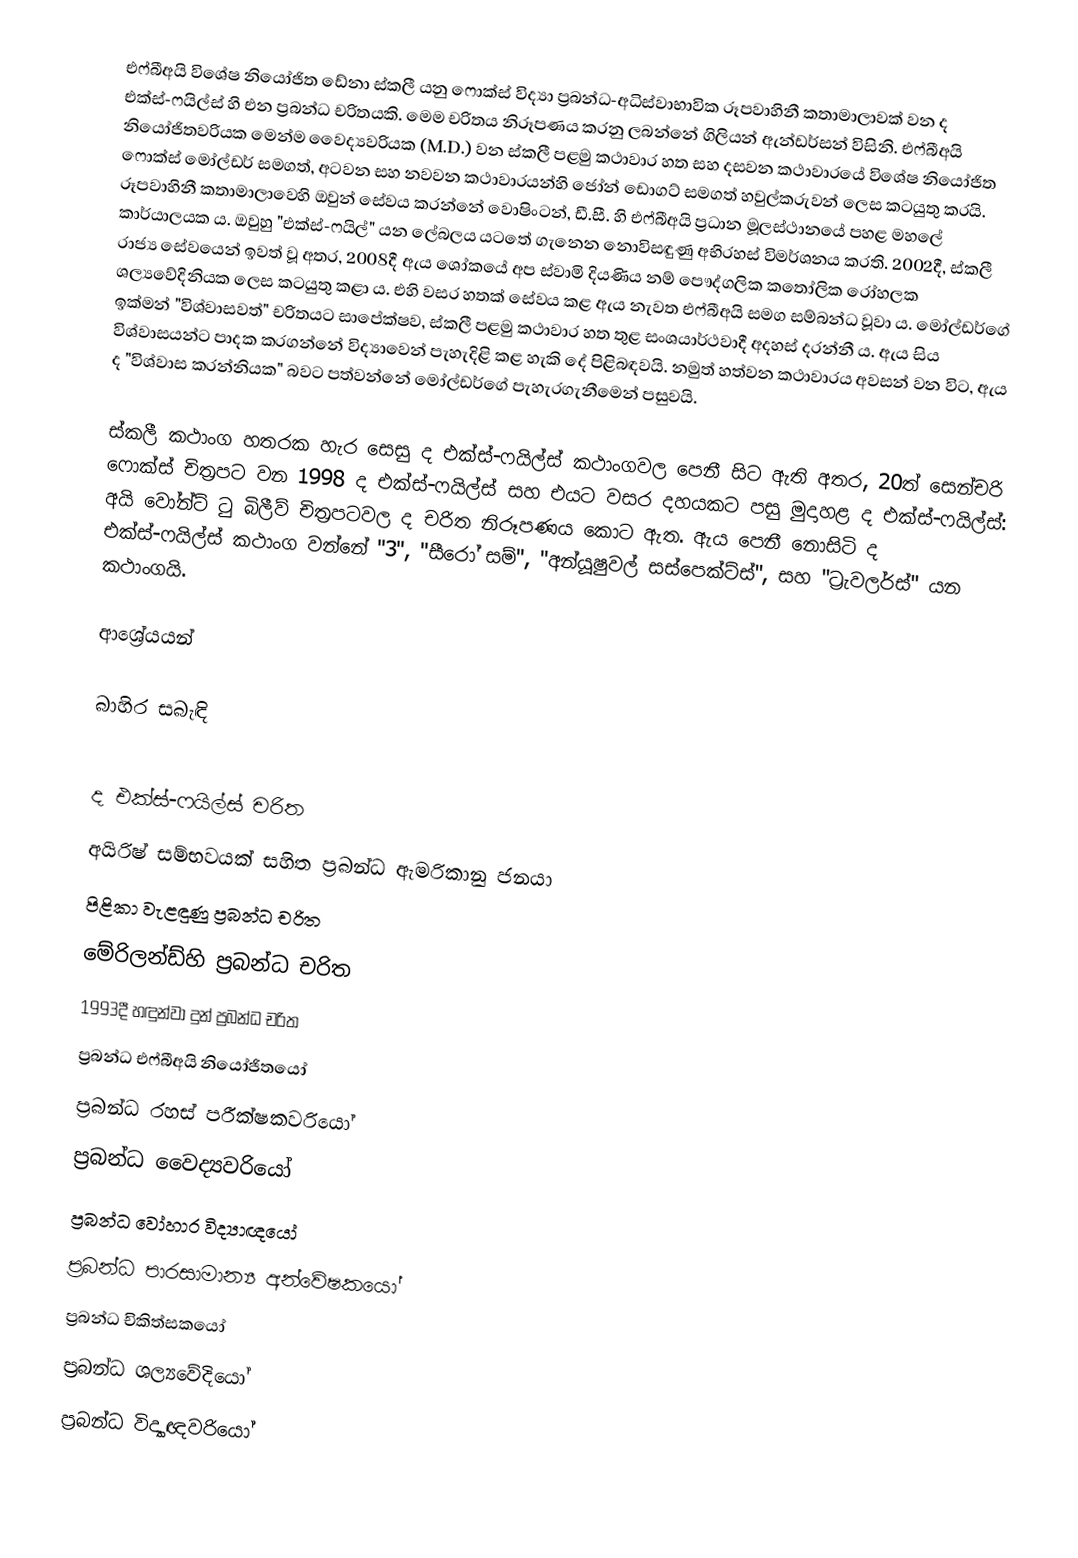
එෆ්බීඅයි විශේෂ නියෝජිත ඩේනා ස්කලී යනු ෆොක්ස් විද්‍යා ප්‍රබන්ධ-අධිස්වාභාවික රූපවාහිනී කතාමාලාවක් වන ද එක්ස්-ෆයිල්ස් හි එන ප්‍රබන්ධ චරිතයකි. මෙම චරිතය නිරූපණය කරනු ලබන්නේ ගිලියන් ඇන්ඩර්සන් විසිනි. එෆ්බීඅයි නියෝජිතවරියක මෙන්ම වෛද්‍යවරියක (M.D.) වන ස්කලී පළමු කථාවාර හත සහ දසවන කථාවාරයේ විශේෂ නියෝජිත ෆොක්ස් මෝල්ඩර් සමගත්, අටවන සහ නවවන කථාවාරයන්හි ජෝන් ඩොගට් සමගත් හවුල්කරුවන් ලෙස කටයුතු කරයි. රූපවාහිනී කතාමාලාවෙහි ඔවුන් සේවය කරන්නේ වොෂිංටන්, ඩී.සී. හි එෆ්බීඅයි ප්‍රධාන මූලස්ථානයේ පහළ මහලේ කාර්යාලයක ය. ඔවුහු "එක්ස්-ෆයිල්" යන ලේබලය යටතේ ගැනෙන නොවිසඳුණු අභිරහස් විමර්ශනය කරති. 2002දී, ස්කලී රාජ්‍ය සේවයෙන් ඉවත් වූ අතර, 2008දී ඇය ශෝකයේ අප ස්වාමි දියණිය නම් පෞද්ගලික කතෝලික රෝහලක ශල්‍යවේදිනියක ලෙස කටයුතු කළා ය. එහි වසර හතක් සේවය කළ ඇය නැවත එෆ්බීඅයි සමග සම්බන්ධ වූවා ය. මෝල්ඩර්ගේ ඉක්මන් "විශ්වාසවත්" චරිතයට සාපේක්ෂව, ස්කලී පළමු කථාවාර හත තුළ සංශයාර්ථවාදී අදහස් දරන්නී ය. ඇය සිය විශ්වාසයන්ට පාදක කරගන්නේ විද්‍යාවෙන් පැහැදිළි කළ හැකි දේ පිළිබඳවයි. නමුත් හත්වන කථාවාරය අවසන් වන විට, ඇය ද "විශ්වාස කරන්නියක" බවට පත්වන්නේ මෝල්ඩර්ගේ පැහැරගැනීමෙන් පසුවයි.

ස්කලී කථාංග හතරක හැර සෙසු ද එක්ස්-ෆයිල්ස් කථාංගවල පෙනී සිට ඇති අතර, 20ත් සෙන්චරි ෆොක්ස් චිත්‍රපට වන 1998 ද එක්ස්-ෆයිල්ස් සහ එයට වසර දහයකට පසු මුදාහළ ද එක්ස්-ෆයිල්ස්: අයි වෝන්ට් ටු බිලීව් චිත්‍රපටවල ද චරිත නිරූපණය කොට ඇත. ඇය පෙනී නොසිටි ද එක්ස්-ෆයිල්ස් කථාංග වන්නේ "3", "සීරෝ සම්", "අන්යූෂුවල් සස්පෙක්ට්ස්", සහ "ට්‍රැවලර්ස්" යන කථාංගයි.

ආශ්‍රේයයන්

බාහිර සබැඳි

ද එක්ස්-ෆයිල්ස් චරිත
අයිරිෂ් සම්භවයක් සහිත ප්‍රබන්ධ ඇමරිකානු ජනයා
පිළිකා වැළඳුණු ප්‍රබන්ධ චරිත
මේරිලන්ඩ්හි ප්‍රබන්ධ චරිත
1993දී හඳුන්වා දුන් ප්‍රබන්ධ චරිත
ප්‍රබන්ධ එෆ්බීඅයි නියෝජිතයෝ
ප්‍රබන්ධ රහස් පරීක්ෂකවරියෝ
ප්‍රබන්ධ වෛද්‍යවරියෝ
ප්‍රබන්ධ වෝහාර විද්‍යාඥයෝ
ප්‍රබන්ධ පාරසාමාන්‍ය අන්වේෂකයෝ
ප්‍රබන්ධ චිකිත්සකයෝ
ප්‍රබන්ධ ශල්‍යවේදියෝ
ප්‍රබන්ධ විද්‍යාඥවරියෝ